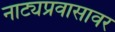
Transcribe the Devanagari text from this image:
नाट्यप्रवासावर